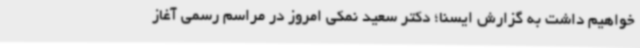
خواهیم داشت به گزارش ایسنا؛ دکتر سعید نمکی امروز در مراسم رسمی آغاز